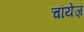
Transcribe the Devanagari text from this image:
चॉयेज़